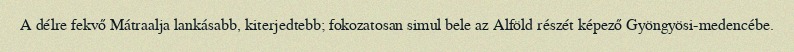
A délre fekvő Mátraalja lankásabb, kiterjedtebb; fokozatosan simul bele az Alföld részét képező Gyöngyösi-medencébe.